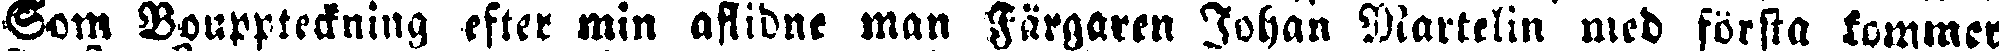
Som Bouppteckning efter min aflidne man Färgaren Johan Martelin med första kommer